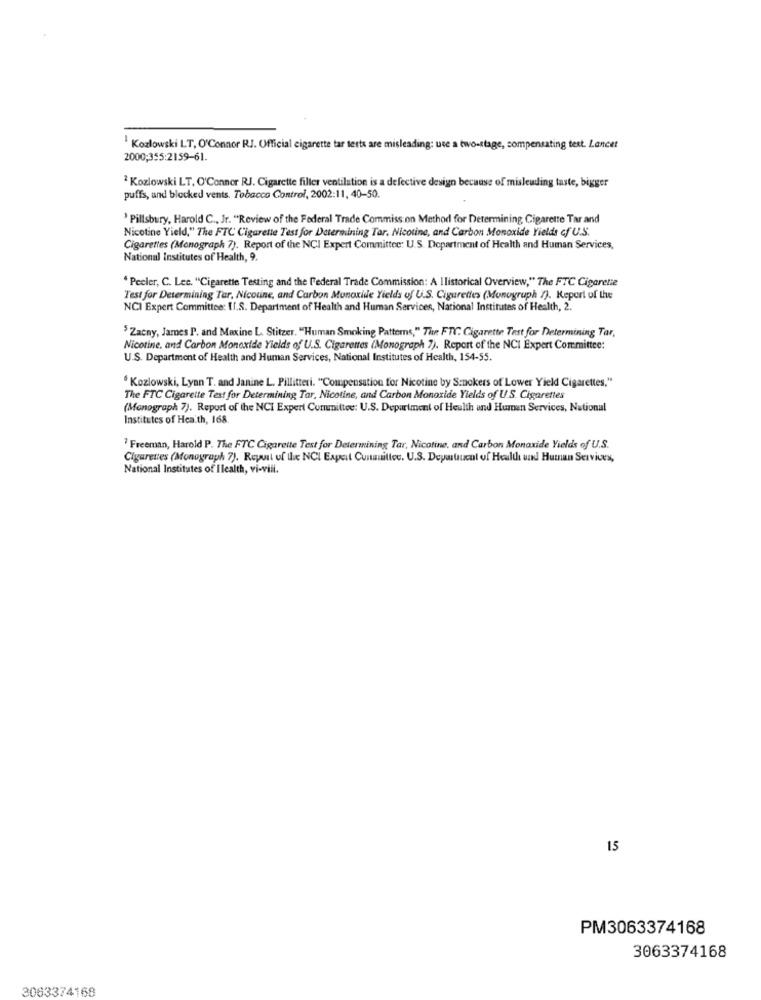
Kozlowski LT, O'Connor RJ. Official cigarette tar tests are misleading: use a two-stage, compensating text. Lancet
2000;355:2159-61.
2 Kozlowski LT, O'Connor RJ. Cigarette filler ventilation is a defective design because of misleading taste, bigger
puffs, and blocked vents. Tobacco Control, 2002:11, 40-50.
' Pillsbury, Harold C ., Jr. "Review of the Federal Trade Commission Method for Determining Cigarette Tar and
Nicotine Yield," The FTC Cigarette Test for Determining Tar. Nicotine, and Carbon Monoxide Yields cf U.S.
Cigarettes (Monograph 7). Report of the NCI Expert Committee: U.S. Department of Health and Human Services,
National Institutes of Health, 9.
" Peeler, C. Lee. "Cigarette Testing and the l'ederal Trade Commission: A Ilistorical Overview," The FTC Cigarette
Test for Determining Tar, Nicotine, and Carbon Monoxide Yields of U.S. Cigarettes (Monograph 7). Report of the
NCI Expert Committee: I.S. Department of Health and Human Services, National Institutes of Health, 2.
$ Zacny, James P. and Maxine L. Stitzer. "Human Smoking Patterns," The FTC. Cigarette Test for Determining Tar,
Nicotine, and Carbon Monoxide Yields of U.S. Cigarettes (Monograph 7). Report of the NCI Expert Committee:
U.S. Department of Health and Human Services, National Institutes of Health, 154-55.
· Kozlowski, Lynn T. and Janine L. Pillitteri. "Compensation for Nicotine by Smokers of Lower Yield Cigarettes,"
The FTC Cigarette Test for Determining Tar, Nicotine, and Carbon Monoxide Yields of U.S. Cigarettes
(Monograph 7). Report of the NCI Expert Committee: U.S. Department of Health and Human Services, National
Institutes of Health, 168.
Freeman, Harold P. The FTC Cigarette Test for Determining Tar, Nicotine, and Carbon Monoxide Yields of U.S.
Cigarettes (Monograph 7). Repuit uf tic NCI Expert Cuntmittee. U.S. Depostnl of Health und Human Services,
National Institutes of Ilealth, vi-vill.
15
PM3063374168
3063374168
3063374168